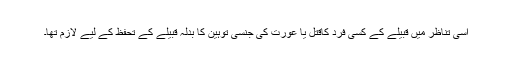
اسی تناظر میں قبیلے کے کسی فرد کاقتل یا عورت کی جنسی توہین کا بدلہ قبیلے کے تحفظ کے لیے لازم تھا۔